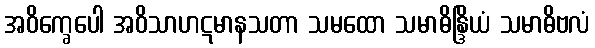
အဝိက္ခေပေါ အဝိသာဟဋမာနသတာ သမထော သမာဓိန္ဒြိယံ သမာဓိဗလံ